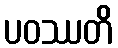
ပဝဿတိ